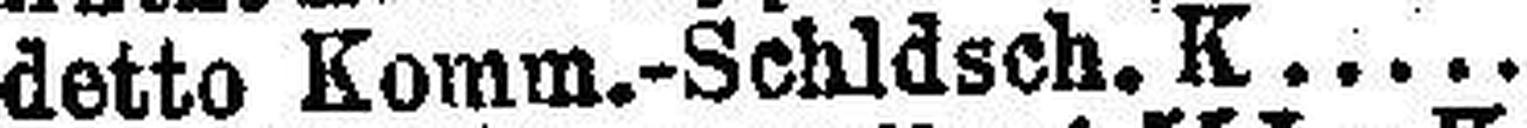
detto Komm.-Schldsch. K. 4